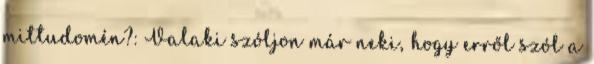
mittudomén?: Valaki szóljon már neki, hogy erről szól a